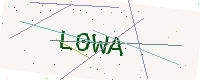
Text: L0WA